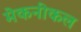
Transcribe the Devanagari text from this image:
मेकनीकल